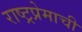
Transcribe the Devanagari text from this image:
राष्ट्रप्रेमाची